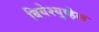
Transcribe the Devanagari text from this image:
बियेश्युव्हेल